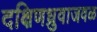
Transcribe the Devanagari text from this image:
दक्षिणध्रुवाजवळ